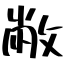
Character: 敝